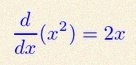
\frac{d}{dx}(x^2)=2x